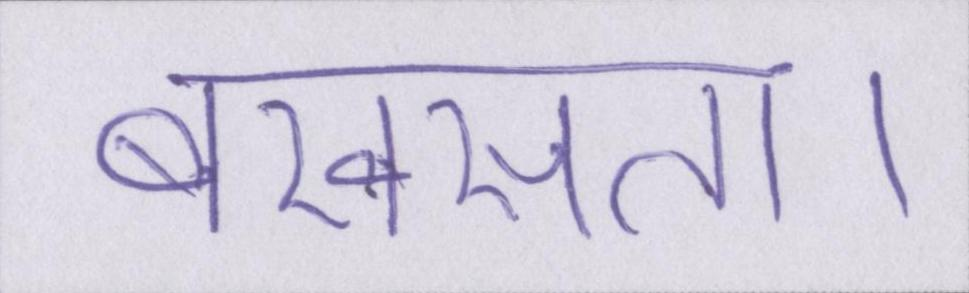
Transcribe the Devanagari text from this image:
बखसता।